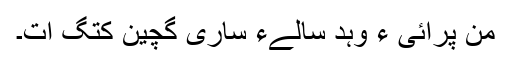
من پرائی ءَ وہد سالےءَ ساری گچین کتگ اَت۔